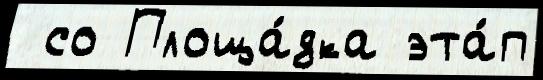
 со Площа́дка эта́п